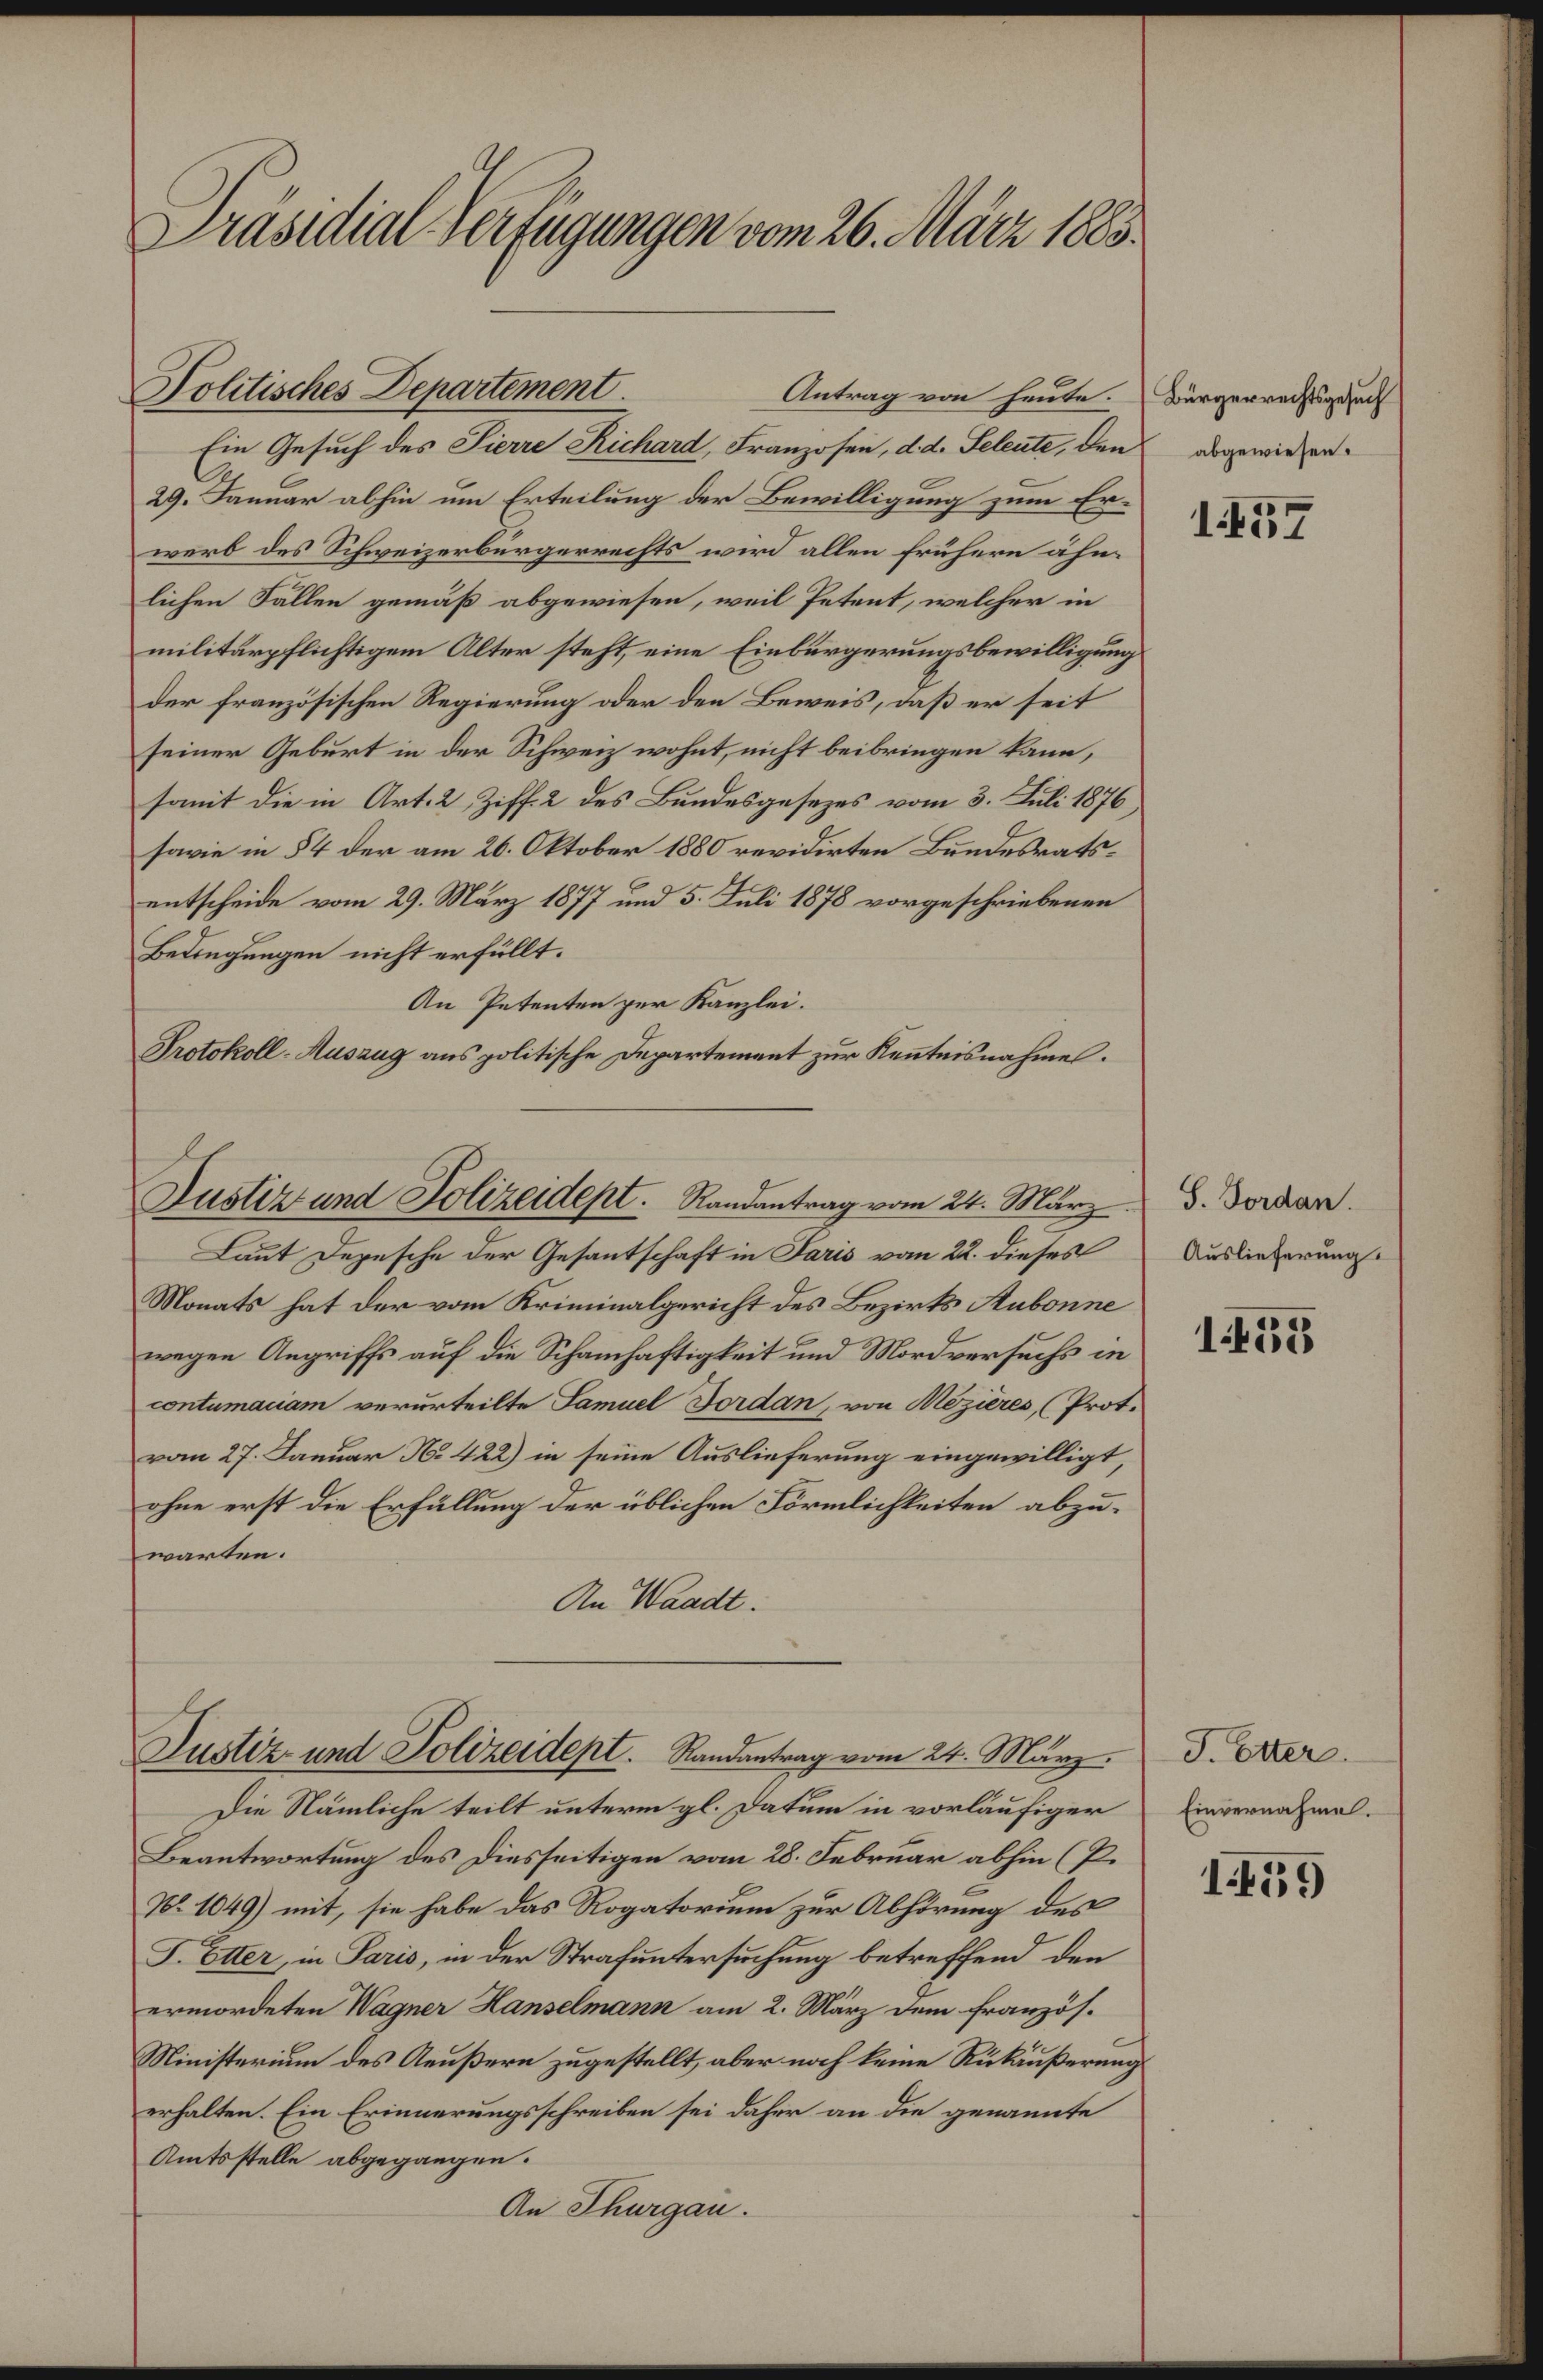
Präsidial-Verfügungen vom 26. März 1883.
Bürgerrechtsgesuch
abgewiesen.
1487
Politisches Departement. Antrag von heute.
Ein Gesuch des Pierre Richard, Franzosen, d.d. Seleute, den
29. Januar abhin um Erteilung der Bewilligung zum Er¬
werb des Schweizerbürgerrechts wird allen frühern ähn¬
lichen Fällen gemäß abgewiesen, weil Petent, welcher in
militärpflichtigem Alter steht, eine Eibürgerungsbewilligung
der französischen Regierung oder den Beweis, daß er seit
seiner Geburt in der Schweiz wohnt, nicht beibringen kann,
somit die in Art. 2, Ziff. 2 des Bundesgesezes vom 3. Juli 1876,
sowie in §4 der am 26. Oktober 1880 revidirten Bundesrats¬
entscheide vom 29. März 1877 und 5. Juli 1878 vorgeschriebenen
Bedingungen nicht erfüllt.
An Petenten per Kanzlei.
Protokoll-Auszug ans politische Departement zur Ken̄tnisnahme.
S. Jordan.
Auslieferung.
1488
Justiz- und Polizeidept. Randantrag vom 24. März.
Laut Depesche der Gesantschaft in Paris vom 22. dieses
Monats hat der vom Kriminalgericht des Bezirks Aubonne
wegen Angriffs auf die Schamhaftigkeit und Mordversuchs in
contumaciam verurteilte Samuel Jordan, von Mézières, (Prot.
vom 27. Januar No 422) in seine Auslieferung eingewilligt,
ohne erst die Erfüllung der üblichen Förmlichkeiten abzu¬
warten.
An Waadt.
T. Etter.
Einvernahme.
1489
Justiz- und Polizeidept. Randantrag vom 24. März.
Die Nämliche teilt unterm gl. Datum in vorläufiger
Beantwortung des Diesseitigen vom 28. Februar abhin (P.
No 1049) mit, sie habe das Rogatorium zur Abhörung des
T. Etter, in Paris, in der Strafuntersuchung betreffend den
ermordeten Wagner Hanselmann am 2. März dem französ.
Ministerium des Aeußern zugestellt, aber noch keine Rükäußerung
erhalten. Ein Erinnerungsschreiben sei daher an die genannte
Amtsstelle abgegangen.
An Thurgau.